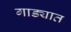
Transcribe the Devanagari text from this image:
गाड्यात